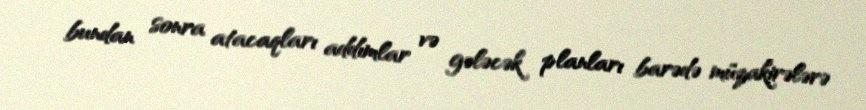
bundan sonra atacaqları addımlar və gələcək planları barədə müzakirələrə